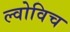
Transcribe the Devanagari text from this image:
ल्वोविच